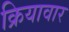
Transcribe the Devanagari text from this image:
क्रियावार